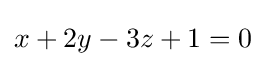
x+2y-3z+1=0